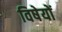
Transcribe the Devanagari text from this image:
विषेयों